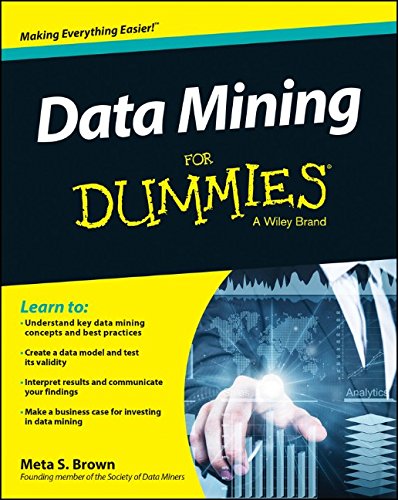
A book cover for Data Mining For Dummies; Meta S. Brown; Computers & Technology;